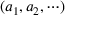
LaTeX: ( a _ { 1 } , a _ { 2 } , \cdots )